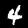
Digit: 4